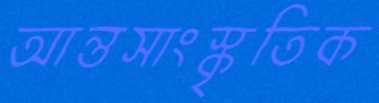
আন্তসাংস্কৃতিক